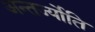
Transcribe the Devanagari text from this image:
अन्तर्ज्योति